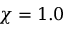
\chi = 1 . 0